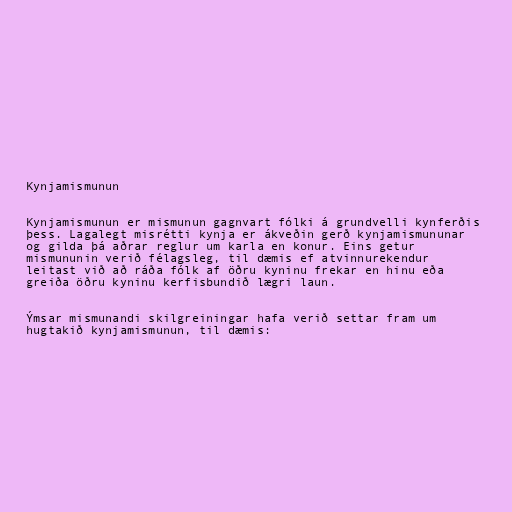
Kynjamismunun

Kynjamismunun er mismunun gagnvart fólki á grundvelli kynferðis
þess. Lagalegt misrétti kynja er ákveðin gerð kynjamismununar
og gilda þá aðrar reglur um karla en konur. Eins getur
mismununin verið félagsleg, til dæmis ef atvinnurekendur
leitast við að ráða fólk af öðru kyninu frekar en hinu eða
greiða öðru kyninu kerfisbundið lægri laun.

Ýmsar mismunandi skilgreiningar hafa verið settar fram um
hugtakið kynjamismunun, til dæmis: